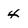
Character: 4